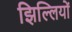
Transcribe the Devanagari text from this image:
झिल्‍लियों